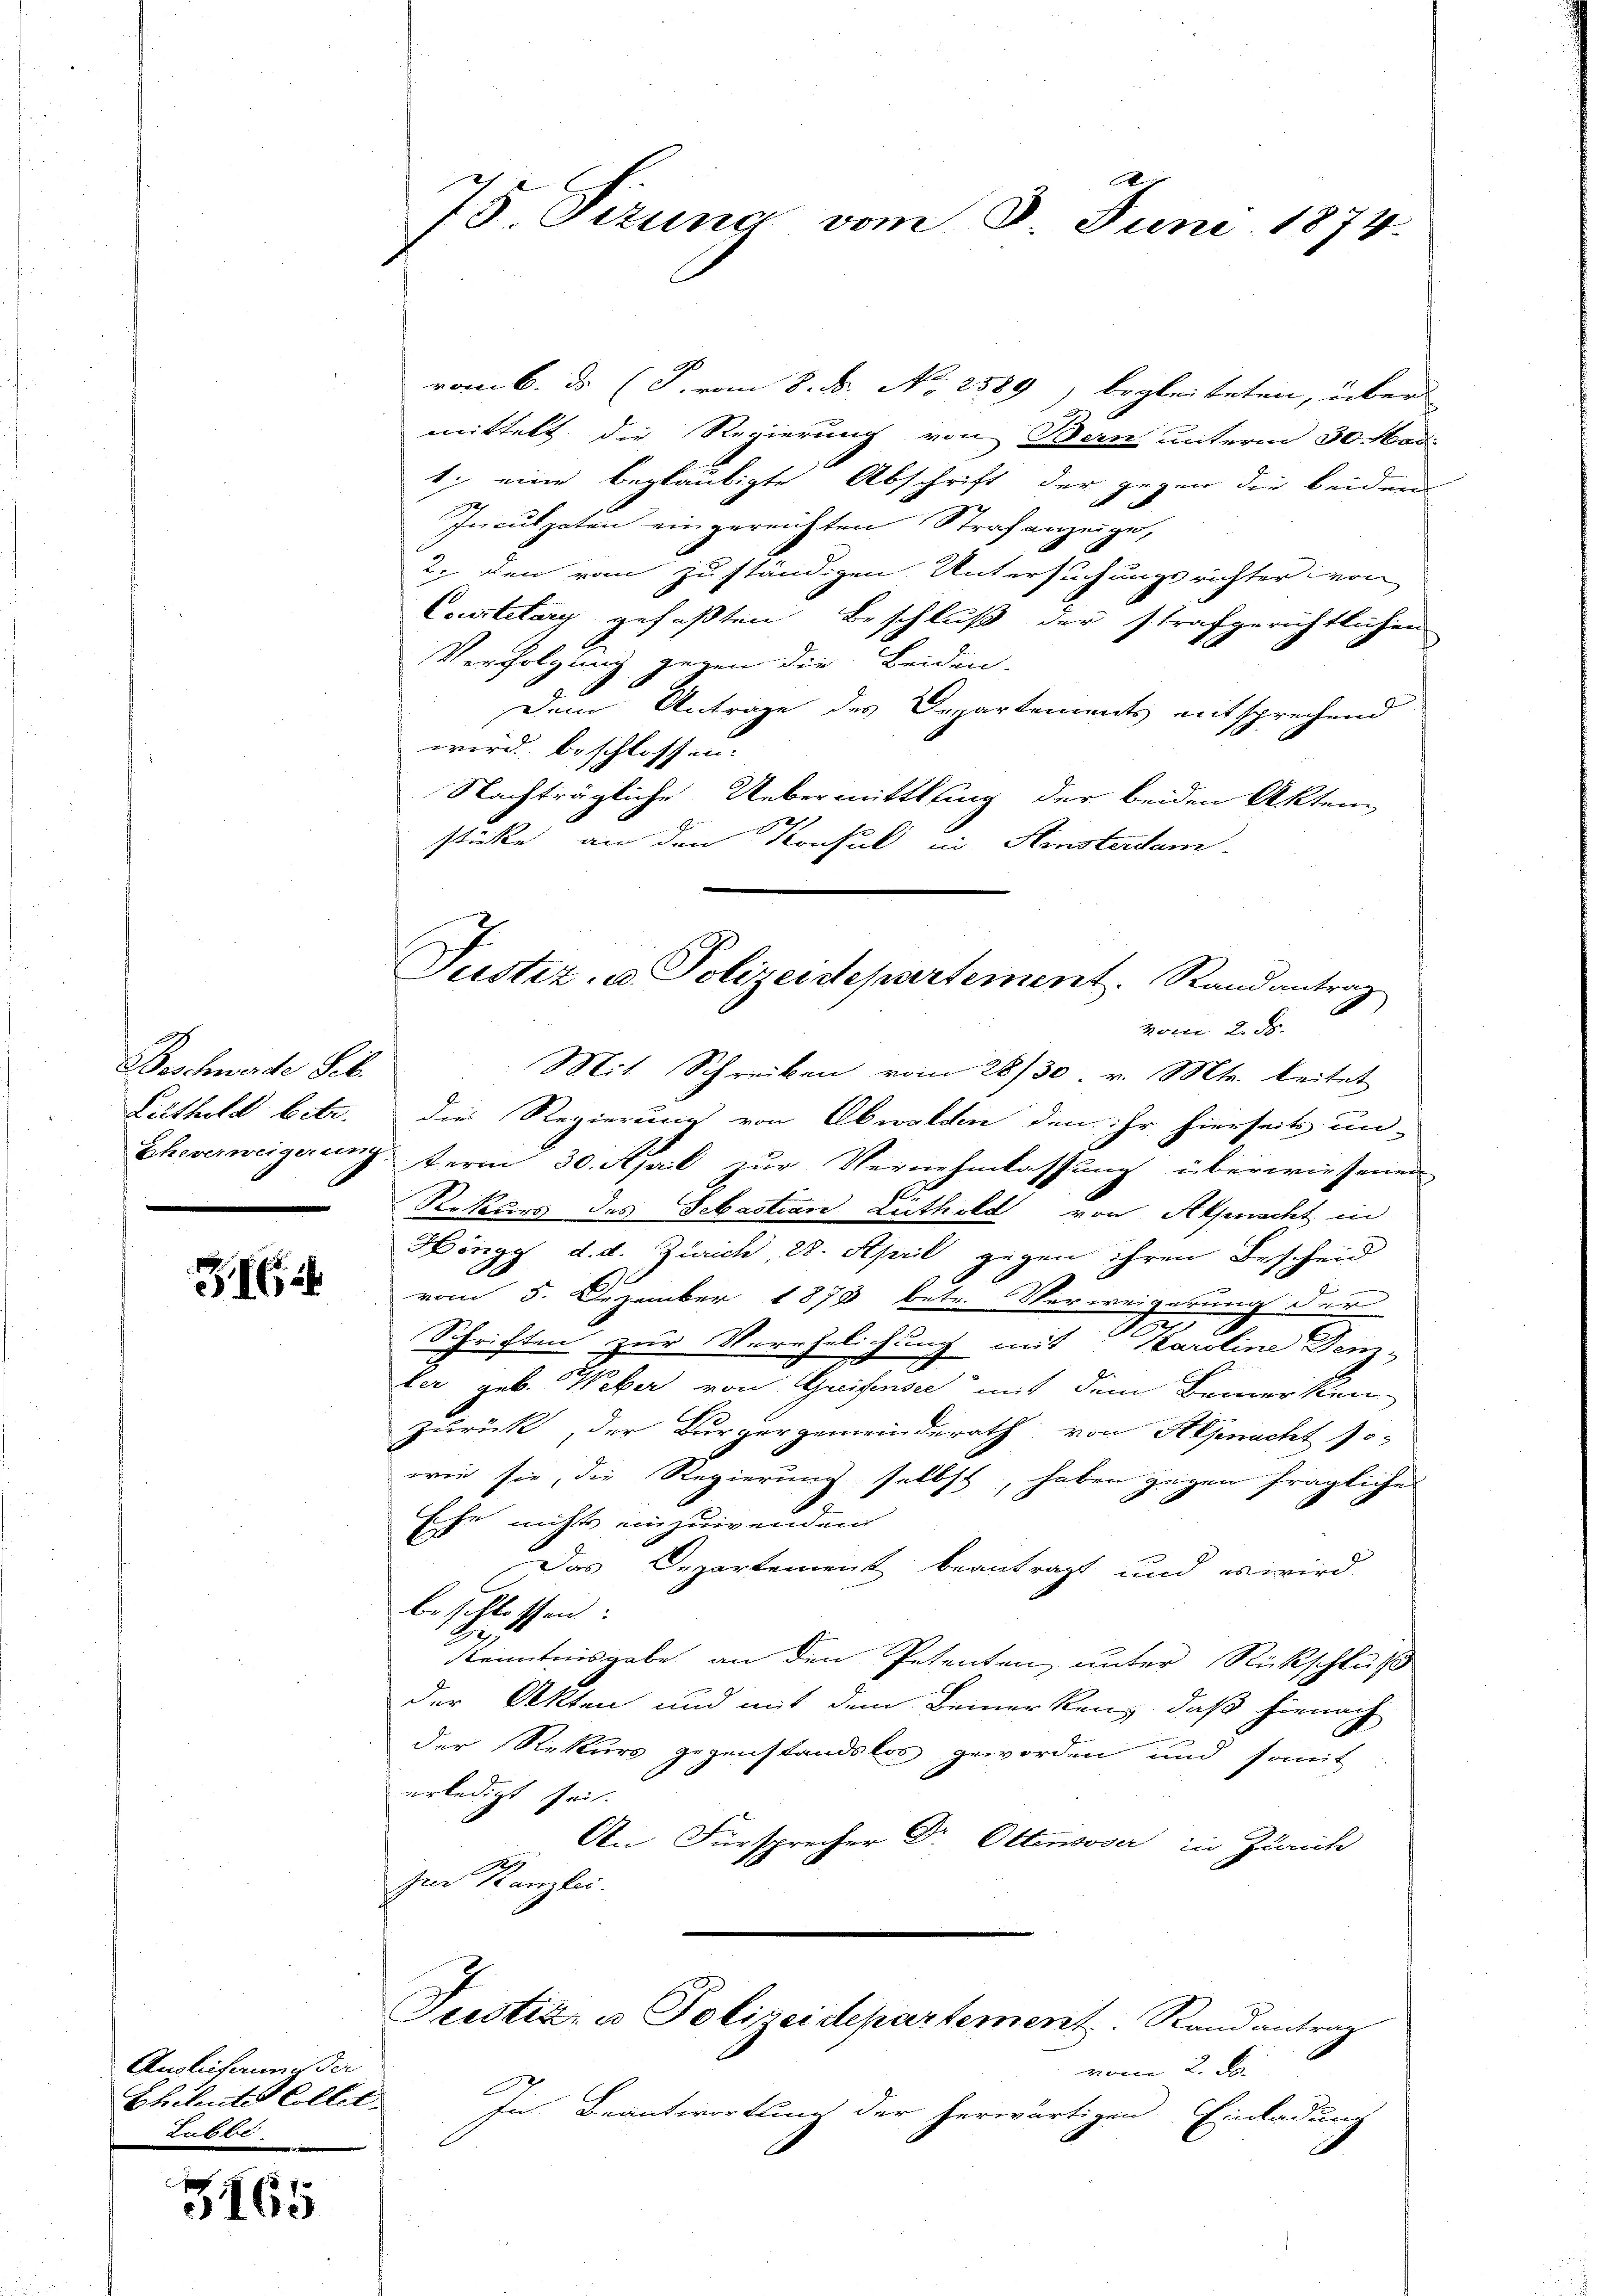
Beschwerde Seb.
Lithold betr.

e

Auslihanne der
Chilete Collet.
Table.

3165

x
75. Tizung vom 8. Juni 1874.

vom 6. ds. (T. vom 8. N. No 2589, begleiteten, über
mittelt die Regierung von Bern unterm 30. Mari
1) eine beglaubigte Abschrift der gegen die beiden
Inculpaten eingereichten Strafanzeige,
2. den vom zuständigen Untersuchungsrichter von
Constitury gefaßten Beschluß der strafgerichtlichen
Verfolgung gegen die Beiden.
f
Dem Antrage des Departements entsprechend
wird beschlossen:
Nachträgliche Uebermittlung der beiden Akten
4
 E
stücke an den Konsul in Amsterdam

Justiz- u. Polizeidepartement. Randantrag
vom 2. d.
Mit Schreiben vom 28/30. v. Mts. beitet

die Regierung von Obwalden den ihr hierseits un-
Eheverweigerung term 30. April zur Vernehmlassung überwiesenen
Rekurs des Sebastian Lüthold von Alpnacht in
Höngg d. d. Zürich, 28. April gegen ihren Bescheid

vom 5. Dezember 1873 betr. Verweigerung der
2
Schriften zur Verehelichung mit Karoline Denz-
ker geb. Weber von Greifensee mit dem Bemerken
zurück, der Bürgergemeinderath von Alpnacht so-
wie sie, die Regierung selbst, haben gegen fragliches
Ehe nichts einzuwenden
Das Departement beantragt und es wird.
beschlossen:
Kenntnisgabe an den Petenten, unter Rückschluß
der Akten und mit dem Bemerken, daß hienach
der Rekurs gegenstandslos geworden und somit
erledigt sei.
An Fürsprecher Dr. Ottensoser in Zürich
zur Kanzlei.
Justiz- u Polizeidepartement. Stand antrag
vienen 2. F
Dr
In Beantwortung der herwärtigen Einladung